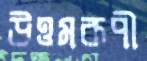
উত্তমরূপী